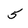
Character: 5